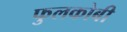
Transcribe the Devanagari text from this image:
फुलकोबी